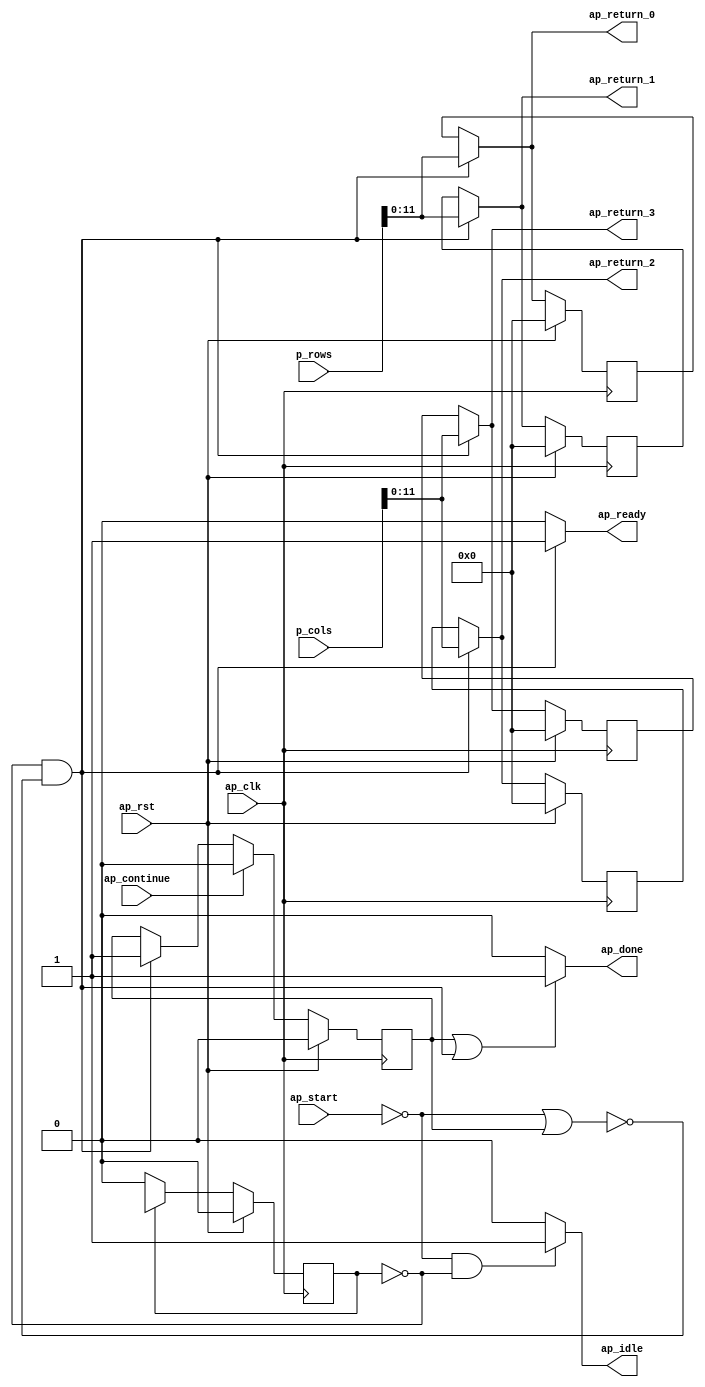
// ==============================================================
// RTL generated by Vivado(TM) HLS - High-Level Synthesis from C, C++ and SystemC
// Version: 2013.2
// Copyright (C) 2013 Xilinx Inc. All rights reserved.
// 
// ===========================================================

`timescale 1 ns / 1 ps 

module init_1 (
        ap_clk,
        ap_rst,
        ap_start,
        ap_done,
        ap_continue,
        ap_idle,
        ap_ready,
        p_rows,
        p_cols,
        ap_return_0,
        ap_return_1,
        ap_return_2,
        ap_return_3
);

input   ap_clk;
input   ap_rst;
input   ap_start;
output   ap_done;
input   ap_continue;
output   ap_idle;
output   ap_ready;
input  [31:0] p_rows;
input  [31:0] p_cols;
output  [11:0] ap_return_0;
output  [11:0] ap_return_1;
output  [11:0] ap_return_2;
output  [11:0] ap_return_3;

reg ap_done;
reg ap_idle;
reg ap_ready;
reg[11:0] ap_return_0;
reg[11:0] ap_return_1;
reg[11:0] ap_return_2;
reg[11:0] ap_return_3;
reg    ap_done_reg = 1'b0;
reg   [0:0] ap_CS_fsm = 1'b0;
reg    ap_sig_bdd_31;
wire   [11:0] tmp_fu_29_p1;
wire   [11:0] tmp_54_fu_33_p1;
reg   [11:0] ap_return_0_preg = 12'b000000000000;
reg   [11:0] ap_return_1_preg = 12'b000000000000;
reg   [11:0] ap_return_2_preg = 12'b000000000000;
reg   [11:0] ap_return_3_preg = 12'b000000000000;
reg   [0:0] ap_NS_fsm;
parameter    ap_const_logic_1 = 1'b1;
parameter    ap_const_logic_0 = 1'b0;
parameter    ap_ST_st1_fsm_0 = 1'b0;
parameter    ap_const_lv12_0 = 12'b000000000000;
parameter    ap_true = 1'b1;




/// the current state (ap_CS_fsm) of the state machine. ///
always @ (posedge ap_clk)
begin : ap_ret_ap_CS_fsm
    if (ap_rst == 1'b1) begin
        ap_CS_fsm <= ap_ST_st1_fsm_0;
    end else begin
        ap_CS_fsm <= ap_NS_fsm;
    end
end

/// ap_done_reg assign process. ///
always @ (posedge ap_clk)
begin : ap_ret_ap_done_reg
    if (ap_rst == 1'b1) begin
        ap_done_reg <= ap_const_logic_0;
    end else begin
        if ((ap_const_logic_1 == ap_continue)) begin
            ap_done_reg <= ap_const_logic_0;
        end else if (((ap_ST_st1_fsm_0 == ap_CS_fsm) & ~ap_sig_bdd_31)) begin
            ap_done_reg <= ap_const_logic_1;
        end
    end
end

/// ap_return_0_preg assign process. ///
always @ (posedge ap_clk)
begin : ap_ret_ap_return_0_preg
    if (ap_rst == 1'b1) begin
        ap_return_0_preg <= ap_const_lv12_0;
    end else begin
        if (((ap_ST_st1_fsm_0 == ap_CS_fsm) & ~ap_sig_bdd_31)) begin
            ap_return_0_preg <= tmp_fu_29_p1;
        end
    end
end

/// ap_return_1_preg assign process. ///
always @ (posedge ap_clk)
begin : ap_ret_ap_return_1_preg
    if (ap_rst == 1'b1) begin
        ap_return_1_preg <= ap_const_lv12_0;
    end else begin
        if (((ap_ST_st1_fsm_0 == ap_CS_fsm) & ~ap_sig_bdd_31)) begin
            ap_return_1_preg <= tmp_fu_29_p1;
        end
    end
end

/// ap_return_2_preg assign process. ///
always @ (posedge ap_clk)
begin : ap_ret_ap_return_2_preg
    if (ap_rst == 1'b1) begin
        ap_return_2_preg <= ap_const_lv12_0;
    end else begin
        if (((ap_ST_st1_fsm_0 == ap_CS_fsm) & ~ap_sig_bdd_31)) begin
            ap_return_2_preg <= tmp_54_fu_33_p1;
        end
    end
end

/// ap_return_3_preg assign process. ///
always @ (posedge ap_clk)
begin : ap_ret_ap_return_3_preg
    if (ap_rst == 1'b1) begin
        ap_return_3_preg <= ap_const_lv12_0;
    end else begin
        if (((ap_ST_st1_fsm_0 == ap_CS_fsm) & ~ap_sig_bdd_31)) begin
            ap_return_3_preg <= tmp_54_fu_33_p1;
        end
    end
end

/// ap_done assign process. ///
always @ (ap_done_reg or ap_CS_fsm or ap_sig_bdd_31)
begin
    if (((ap_const_logic_1 == ap_done_reg) | ((ap_ST_st1_fsm_0 == ap_CS_fsm) & ~ap_sig_bdd_31))) begin
        ap_done = ap_const_logic_1;
    end else begin
        ap_done = ap_const_logic_0;
    end
end

/// ap_idle assign process. ///
always @ (ap_start or ap_CS_fsm)
begin
    if ((~(ap_const_logic_1 == ap_start) & (ap_ST_st1_fsm_0 == ap_CS_fsm))) begin
        ap_idle = ap_const_logic_1;
    end else begin
        ap_idle = ap_const_logic_0;
    end
end

/// ap_ready assign process. ///
always @ (ap_CS_fsm or ap_sig_bdd_31)
begin
    if (((ap_ST_st1_fsm_0 == ap_CS_fsm) & ~ap_sig_bdd_31)) begin
        ap_ready = ap_const_logic_1;
    end else begin
        ap_ready = ap_const_logic_0;
    end
end

/// ap_return_0 assign process. ///
always @ (ap_CS_fsm or ap_sig_bdd_31 or tmp_fu_29_p1 or ap_return_0_preg)
begin
    if (((ap_ST_st1_fsm_0 == ap_CS_fsm) & ~ap_sig_bdd_31)) begin
        ap_return_0 = tmp_fu_29_p1;
    end else begin
        ap_return_0 = ap_return_0_preg;
    end
end

/// ap_return_1 assign process. ///
always @ (ap_CS_fsm or ap_sig_bdd_31 or tmp_fu_29_p1 or ap_return_1_preg)
begin
    if (((ap_ST_st1_fsm_0 == ap_CS_fsm) & ~ap_sig_bdd_31)) begin
        ap_return_1 = tmp_fu_29_p1;
    end else begin
        ap_return_1 = ap_return_1_preg;
    end
end

/// ap_return_2 assign process. ///
always @ (ap_CS_fsm or ap_sig_bdd_31 or tmp_54_fu_33_p1 or ap_return_2_preg)
begin
    if (((ap_ST_st1_fsm_0 == ap_CS_fsm) & ~ap_sig_bdd_31)) begin
        ap_return_2 = tmp_54_fu_33_p1;
    end else begin
        ap_return_2 = ap_return_2_preg;
    end
end

/// ap_return_3 assign process. ///
always @ (ap_CS_fsm or ap_sig_bdd_31 or tmp_54_fu_33_p1 or ap_return_3_preg)
begin
    if (((ap_ST_st1_fsm_0 == ap_CS_fsm) & ~ap_sig_bdd_31)) begin
        ap_return_3 = tmp_54_fu_33_p1;
    end else begin
        ap_return_3 = ap_return_3_preg;
    end
end
always @ (ap_CS_fsm or ap_sig_bdd_31)
begin
    case (ap_CS_fsm)
        ap_ST_st1_fsm_0 : 
            ap_NS_fsm = ap_ST_st1_fsm_0;
        default : 
            ap_NS_fsm = 'bx;
    endcase
end

/// ap_sig_bdd_31 assign process. ///
always @ (ap_start or ap_done_reg)
begin
    ap_sig_bdd_31 = ((ap_start == ap_const_logic_0) | (ap_done_reg == ap_const_logic_1));
end
assign tmp_54_fu_33_p1 = p_cols[11:0];
assign tmp_fu_29_p1 = p_rows[11:0];


endmodule //init_1